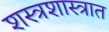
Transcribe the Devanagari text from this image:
शस्त्रशास्त्रात